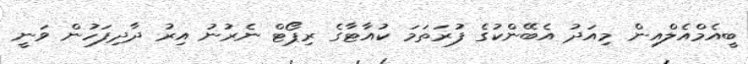
ބީއެމްއެލްއިން މިއަދު އެބޭންކުގެ ފުރަތަމަ ކުއާޓާގެ ރިޕޯޓް ނެރުނު އިރު ދާދިފަހުން ވަނީ